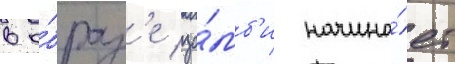
в о́браз'е зо́мб'и начина́ет